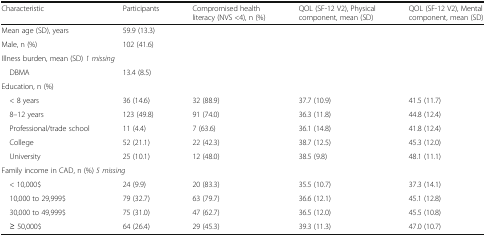
<table><thead><tr><td><b>Characteristic</b></td><td><b>Participants</b></td><td><b>Compromised health literacy (NVS &lt;4), n (%)</b></td><td><b>QOL (SF-12 V2), Physical component, mean (SD)</b></td><td><b>QOL (SF-12 V2), Mental component, mean (SD)</b></td></tr></thead><tbody><tr><td>Mean age (SD), years</td><td>59.9 (13.3)</td><td></td><td></td><td></td></tr><tr><td>Male, n (%)</td><td>102 (41.6)</td><td></td><td></td><td></td></tr><tr><td colspan="5">Illness burden, mean (SD) <i>1 missing</i></td></tr><tr><td> DBMA</td><td>13.4 (8.5)</td><td></td><td></td><td></td></tr><tr><td colspan="5">Education, n (%)</td></tr><tr><td> &lt; 8 years</td><td>36 (14.6)</td><td>32 (88.9)</td><td>37.7 (10.9)</td><td>41.5 (11.7)</td></tr><tr><td> 8–12 years</td><td>123 (49.8)</td><td>91 (74.0)</td><td>36.3 (11.8)</td><td>44.8 (12.4)</td></tr><tr><td> Professional/trade school</td><td>11 (4.4)</td><td>7 (63.6)</td><td>36.1 (14.8)</td><td>41.8 (12.4)</td></tr><tr><td> College</td><td>52 (21.1)</td><td>22 (42.3)</td><td>38.7 (12.5)</td><td>45.3 (12.0)</td></tr><tr><td> University</td><td>25 (10.1)</td><td>12 (48.0)</td><td>38.5 (9.8)</td><td>48.1 (11.1)</td></tr><tr><td colspan="5">Family income in CAD, n (%) <i>5 missing</i></td></tr><tr><td> &lt; 10,000$</td><td>24 (9.9)</td><td>20 (83.3)</td><td>35.5 (10.7)</td><td>37.3 (14.1)</td></tr><tr><td> 10,000 to 29,999$</td><td>79 (32.7)</td><td>63 (79.7)</td><td>36.6 (12.1)</td><td>45.1 (12.8)</td></tr><tr><td> 30,000 to 49,999$</td><td>75 (31.0)</td><td>47 (62.7)</td><td>36.5 (12.0)</td><td>45.5 (10.8)</td></tr><tr><td> ≥ 50,000$</td><td>64 (26.4)</td><td>29 (45.3)</td><td>39.3 (11.3)</td><td>47.0 (10.7)</td></tr></tbody></table>